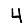
Digit: 4